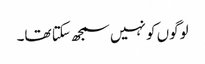
لوگوں کو نہیں سمجھ سکتا تھا۔